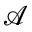
\scriptstyle { \mathcal { A } }